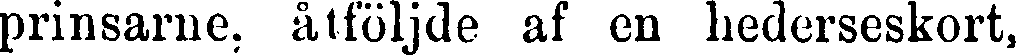
prinsarne, åtföljde af en hederseskort,